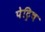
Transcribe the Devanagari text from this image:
पेट्रिच